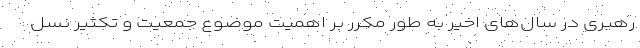
رهبری در سال‌های اخیر به طور مکرر بر اهمیت موضوع جمعیت و تکثیر نسل